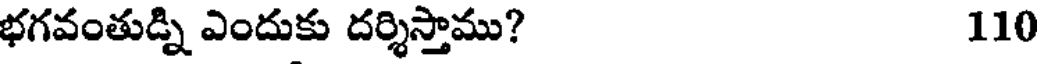
భగవంతుడ్ని ఎందుకు దర్శిస్తాము? 110